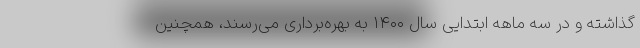
گذاشته و در سه ماهه ابتدایی سال ۱۴۰۰ به بهره‌برداری می‌رسند، همچنین